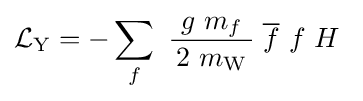
{\mathcal {L}}_{\mathrm {Y} }=-\sum _{f}\ {\frac {\ g\ m_{f}\ }{2\ m_{\mathrm {W} }}}\;{\overline {f}}\ f\ H~